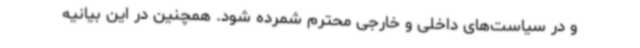
و در سیاست‌های داخلی و خارجی محترم شمرده شود. همچنین در این بیانیه